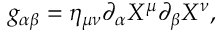
g _ { \alpha \beta } = \eta _ { \mu \nu } \partial _ { \alpha } X ^ { \mu } \partial _ { \beta } X ^ { \nu } ,